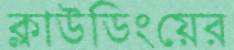
ক্লাউডিংয়ের